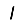
Digit: 1